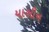
યાસીન